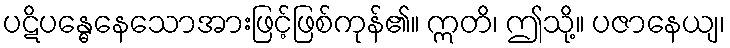
ပဋိပန္ဓေနေသောအားဖြင့်ဖြစ်ကုန်၏။ ဣတိ၊ ဤသို့။ ပဇာနေယျ၊